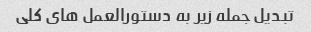
تبدیل جمله زیر به دستورالعمل های کلی